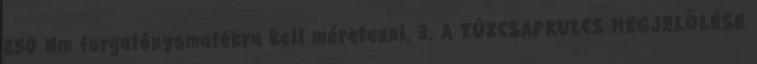
250 Nm forgatónyomatékra kell méretezni. 3. A TÛZCSAPKULCS MEGJELÖLÉSE